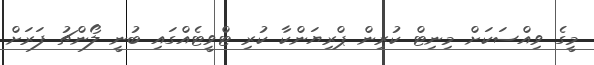
މީގެ ވިއްސަކަށް މިނިޓް ކުރިން ޕްރިޔަންކާ ކުރި ޓްވީޓެއްގައި ބުނީ ލޯންޗު ފަރަށް